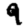
Digit: 9